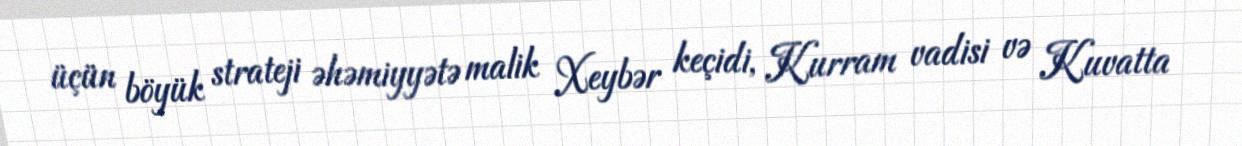
üçün böyük strateji əhəmiyyətə malik Xeybər keçidi, Kurram vadisi və Kuvatta